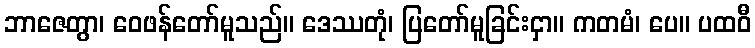
ဘာဇေတွာ၊ ဝေဖန်တော်မူသည်။ ဒေဿတုံ၊ ပြတော်မူခြင်းငှာ။ ကတမံ၊ ပေ။ ပထဝီ